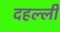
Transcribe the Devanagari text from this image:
दहल्ली